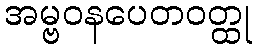
အမ္ဗဝနပေတဝတ္ထု